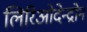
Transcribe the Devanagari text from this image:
लिरिओदेन्द्रोन